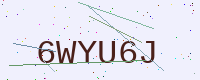
Text: 6WYU6J